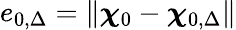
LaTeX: e_{0,\Delta}=\| \boldsymbol{\chi}_{0}-\boldsymbol{\chi}_{0,\Delta}\|